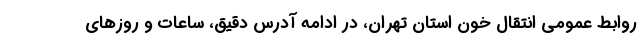
روابط عمومی انتقال خون استان تهران، در ادامه آدرس دقیق، ساعات و روزهای